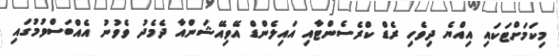
މިކަމަށްޓަކައި އިއްޔެ ދިވެހި ރެޑް ކްރެސެންޓާއި އައިލެންޑް އޭވިއޭޝަންއާ ދެމެދު ވެވުނު އެއްބަސްވުމުގައި